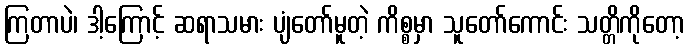
ကြတာပဲ၊ ဒါ့ကြောင့် ဆရာသမား ပျံတော်မူတဲ့ ကိစ္စမှာ သူတော်ကောင်း သတ္တိကိုတော့